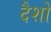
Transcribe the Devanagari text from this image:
दैशों